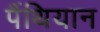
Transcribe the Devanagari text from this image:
पैंथियान